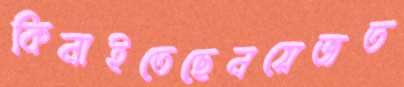
কিনাইতেছেনয়েজত